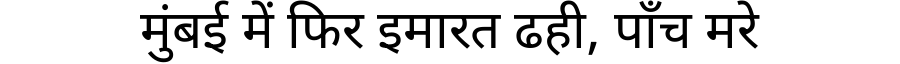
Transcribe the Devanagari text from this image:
मुंबई में फिर इमारत ढही, पाँच मरे